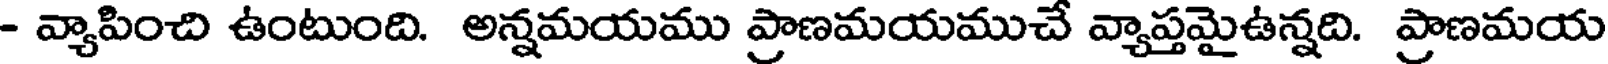
- వ్యాపించి ఉంటుంది. అన్నమయము ప్రాణమయముచే వ్యాప్తమైఉన్నది. ప్రాణమయ